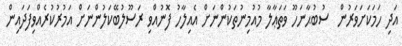
އަދި ހަމަކަށަވަރުން  ސުބުޙާނަހޫ ވަތަޢާލާ މުއުމިނުތަކުންނަށް އެއިލާހު ފޮނުއްވި ރަސޫލުބޭކަލުންނަށް އަމުރުކުރެއްވިފަދައިން